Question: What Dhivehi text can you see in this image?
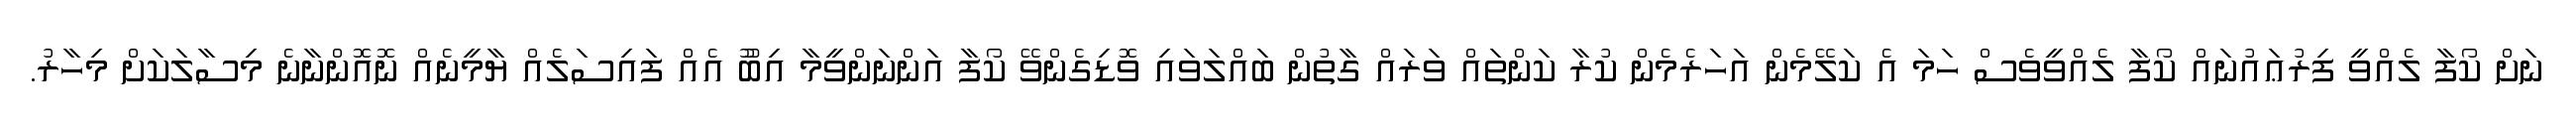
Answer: ނަށް ކޯފާ ލެއްވީ ފިރުޢައުނައް ކޯފާ ލެއްވީވެސް ހަމަ އެ ކަލޭމެން އަހަރެމެން ކުރާ ކަންތައް ވަރައް ގާތުން ބައްލަވައި ވޮޑިގެންވޭ ކޯފާ އަންނަންވީމާ އިބޫު އެއް ފައިސަލެއް ޔާމީނެއް ނޮއޮންނާނެ މިސާލަކަށް މިހާރު.